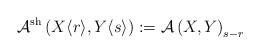
LaTeX: \begin{align*}\mathcal{A}^{\mathrm{sh}}\left(X\langle r\rangle, Y\langle s\rangle\right):=\mathcal{A}\left(X,Y\right)_{s-r}\end{align*}